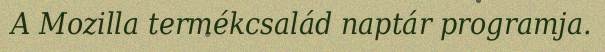
A Mozilla termékcsalád naptár programja.